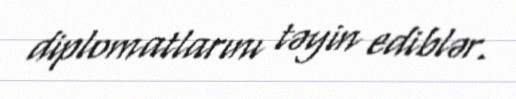
diplomatlarını təyin ediblər.